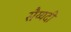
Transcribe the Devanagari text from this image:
सैय्यदी